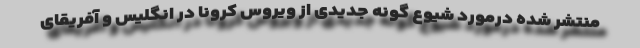
منتشر شده درمورد شیوع گونه جدیدی از ویروس کرونا در انگلیس و آفریقای